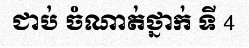
ជាប់ ចំណាត់ថ្នាក់ ទី 4